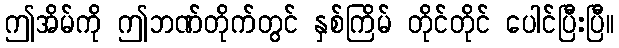
ဤအိမ်ကို ဤဘဏ်တိုက်တွင် နှစ်ကြိမ် တိုင်တိုင် ပေါင်ပြီးပြီ။